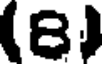
(8)